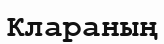
Клараның